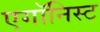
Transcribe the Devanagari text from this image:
एगॉनिस्ट